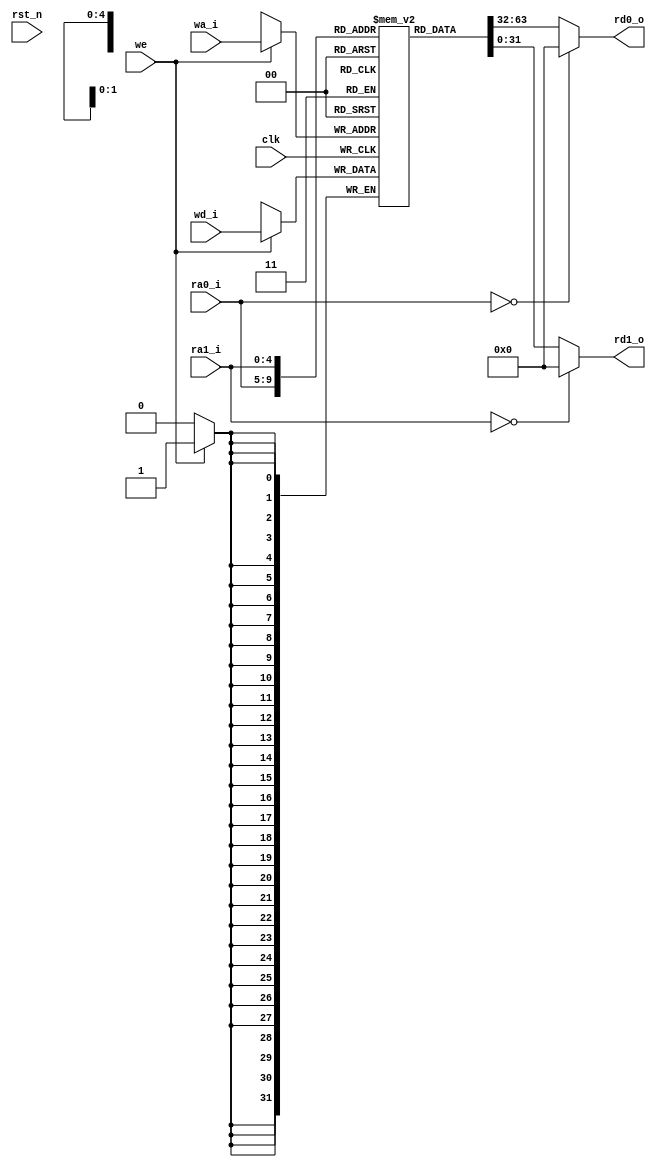

module RF(ra0_i,ra1_i,wa_i,wd_i,we,rd0_o,rd1_o,clk,rst_n);
	input clk,rst_n;
	input we;
	input [4:0] ra0_i,ra1_i,wa_i;
	input [31:0] wd_i;
	
	output [31:0] rd0_o,rd1_o;


	
	reg [31:0] regs[31:0];
	integer i;
	initial begin
  for(i=0;i<32;i=i+1)
	       regs[i]<=32'd0;
	end
	always@(posedge clk )
	begin
		  if(we == 1)
			regs[wa_i] <= wd_i;
	end
	assign rd0_o = (ra0_i==0)?0:regs[ra0_i];
	assign rd1_o = (ra1_i==0)?0:regs[ra1_i];
	
endmodule